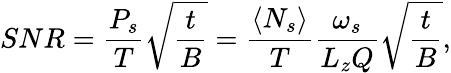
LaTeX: SNR=\frac{P_{s}}{T}\sqrt{\frac{t}{B}}=\frac{\langle N_{s}\rangle}{T}\frac{\omega_{s}}{L_{z}Q}\sqrt{\frac{t}{B}},